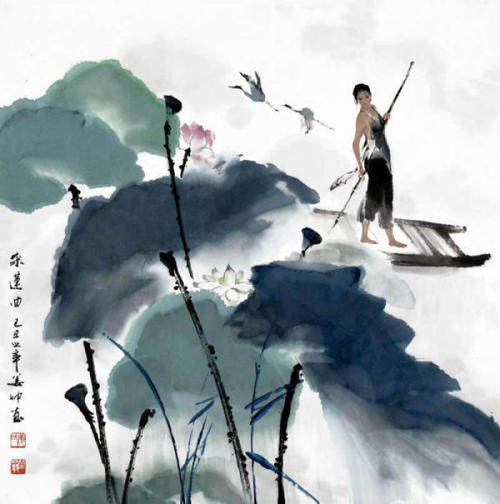
细雨梦回鸡塞远，小楼吹彻玉笙寒。